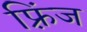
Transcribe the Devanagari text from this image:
फ़्रिंज